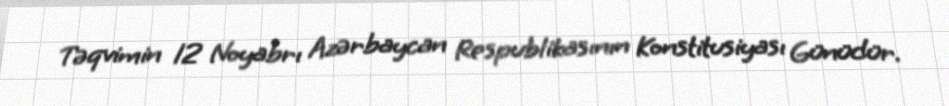
Təqvimin 12 Noyabrı Azərbaycan Respublikasının Konstitusiyası Günüdür.